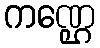
ကဏ္ဌေ